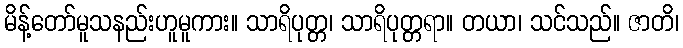
မိန့်တော်မူသနည်းဟူမူကား။ သာရိပုတ္တ၊ သာရိပုတ္တရာ။ တယာ၊ သင်သည်။ ဇာတိ၊